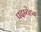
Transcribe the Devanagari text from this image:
पदारोहन